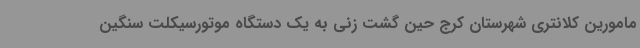
مامورین کلانتری شهرستان کرج حین گشت زنی به یک دستگاه موتورسیکلت سنگین